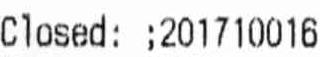
CLOSED: ;201710016